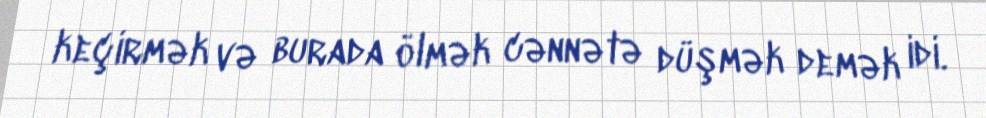
keçirmək və burada ölmək cənnətə düşmək demək idi.